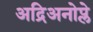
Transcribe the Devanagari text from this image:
अद्रिअनोप्ले